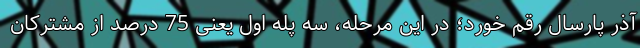
آذر پارسال رقم خورد؛ در این مرحله، سه پله اول یعنی 75 درصد از مشترکان